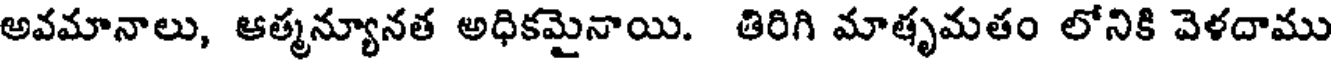
అవమానాలు, ఆత్మన్యూనత అధికమైనాయి. తిరిగి మాతృమతం లోనికి వెళదాము